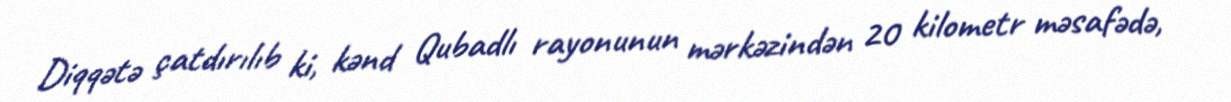
Diqqətə çatdırılıb ki, kənd Qubadlı rayonunun mərkəzindən 20 kilometr məsafədə,